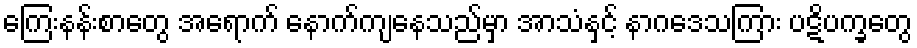
ကြေးနန်းစာတွေ အရောက် နောက်ကျနေသည်မှာ အာသံနှင့် နာဂဒေသကြား ပဋိပက္ခတွေ